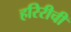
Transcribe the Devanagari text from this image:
हरिरीची